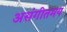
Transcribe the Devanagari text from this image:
असंगीतमय